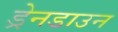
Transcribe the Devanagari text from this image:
ड्रेनडाउन